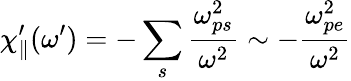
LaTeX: \chi_{\parallel}^{\prime}(\omega^{\prime})=-\sum_{s}\frac{\omega_{ps}^{2}}{\omega^{2}}\sim-\frac{\omega_{pe}^{2}}{\omega^{2}}